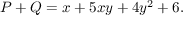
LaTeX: P + Q = x + 5 x y + 4 y ^ { 2 } + 6 .